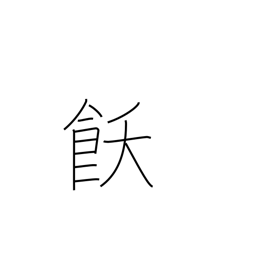
Meaning: satiety